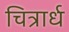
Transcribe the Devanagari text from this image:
चित्रार्ध